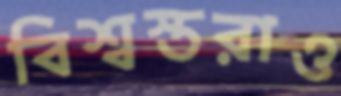
বিশ্বস্তরাও